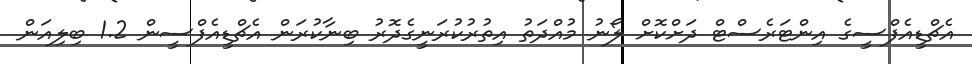
އެޗްޑީއެފްސީގެ އިންޓަރެސްޓް ދަށްކޮށް ލޯނު މުއްދަތު އިތުރުކުރަނީގެދޮރު ބިނާކުރަން އެޗްޑީއެފްސީން 1.2 ބިލިއަން